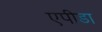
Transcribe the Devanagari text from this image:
एपीडा